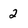
Character: 2